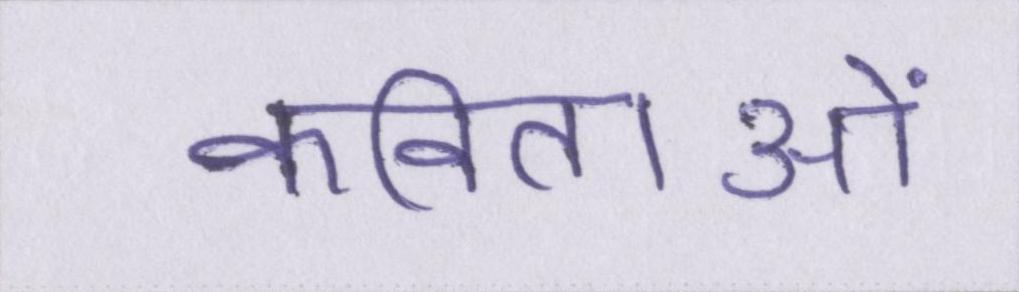
कविताओं